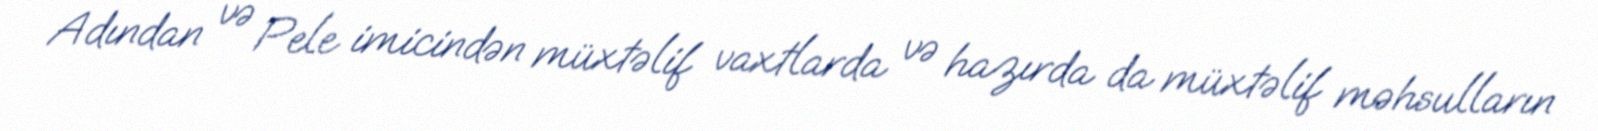
Adından və Pele imicindən müxtəlif vaxtlarda və hazırda da müxtəlif məhsulların